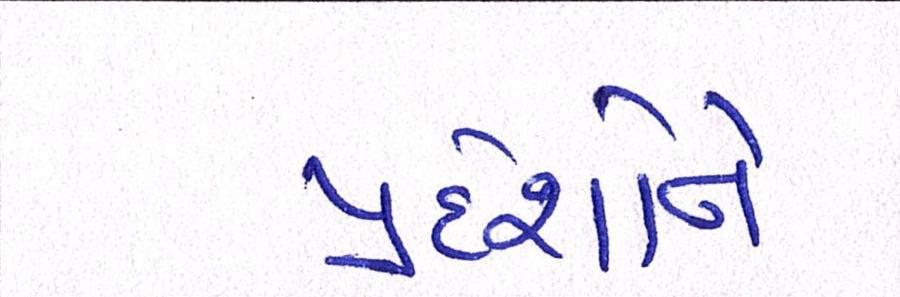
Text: પ્રદેશોને